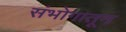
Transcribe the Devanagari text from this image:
संभोगातून